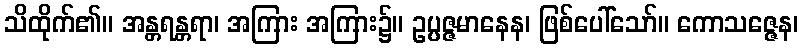
သိထိုက်၏။ အန္တရန္တရာ၊ အကြား အကြား၌။ ဥပ္ပဇ္ဇမာနေန၊ ဖြစ်ပေါ်သော်။ ကောသဇ္ဇေန၊